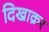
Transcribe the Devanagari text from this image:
दिखाक्रर